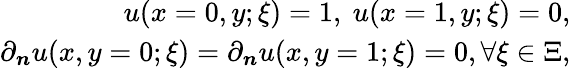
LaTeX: \begin{array}{r}{u(x=0,y;\xi)=1,~u(x=1,y;\xi)=0,}\\ {\partial_{\boldsymbol{n}}u(x,y=0;\xi)=\partial_{\boldsymbol{n}}u(x,y=1;\xi)=0,\forall\xi\in\Xi,}\end{array}